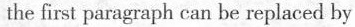
the first paragraph can be replaced by